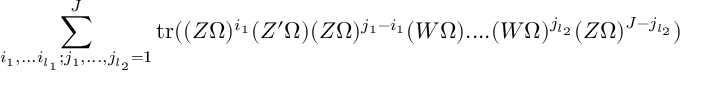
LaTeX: \sum _ { i _ { 1 } , . . . i _ { l _ { 1 } } ; j _ { 1 } , . . . , j _ { l _ { 2 } } = 1 } ^ { J } \mathrm { t r } ( ( Z \Omega ) ^ { i _ { 1 } } ( Z ^ { \prime } \Omega ) ( Z \Omega ) ^ { j _ { 1 } - i _ { 1 } } ( W \Omega ) . . . . ( W \Omega ) ^ { j _ { l _ { 2 } } } ( Z \Omega ) ^ { J - j _ { l _ { 2 } } } )